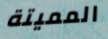
المميتة